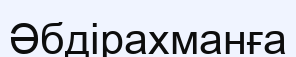
Әбдірахманға